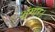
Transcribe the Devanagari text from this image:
शृंगार।